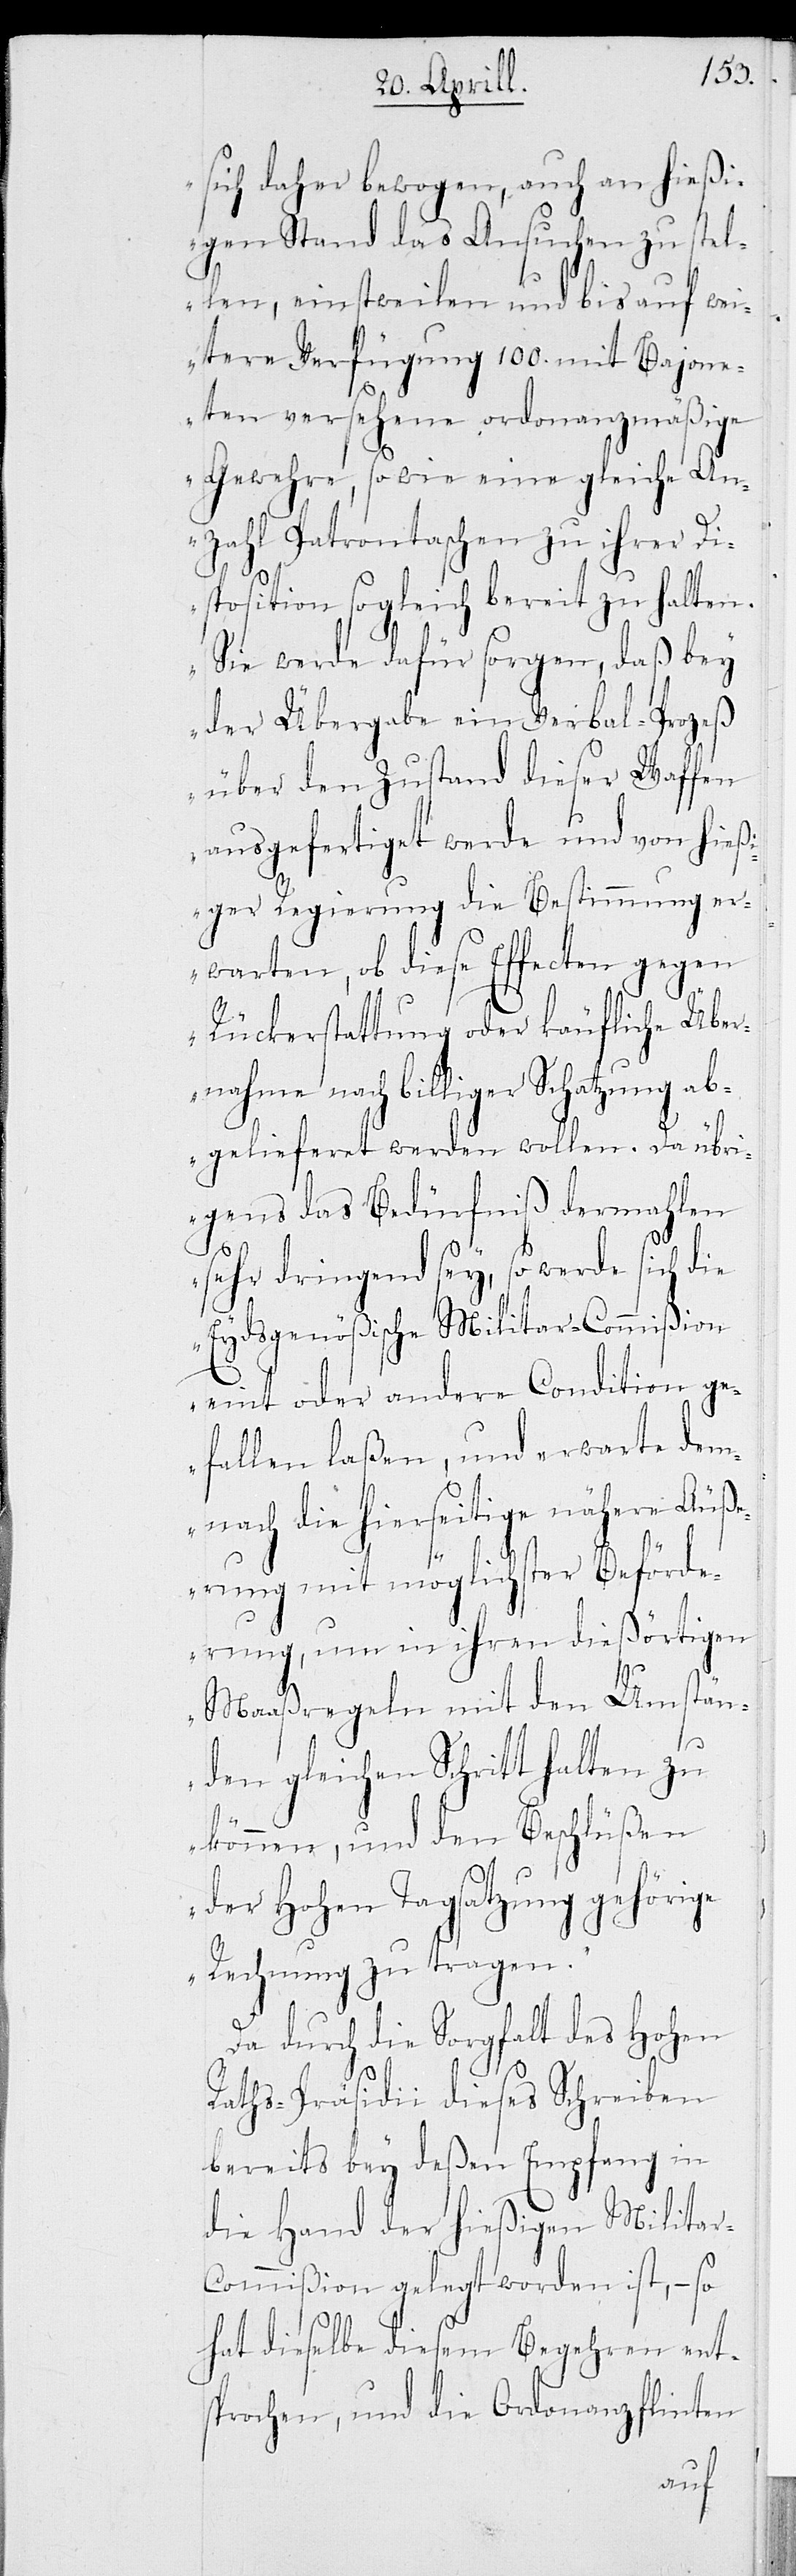
sich daher bewogen, auch an hießi¬
gen Stand das Ansuchen zu stel¬
len, einstweilen und bis auf wei¬
tere Verfügung 100. mit Bajone¬
ten versehene ordonanzmäßige
Gewehre, so wie eine gleiche An¬
zahl Patrontaschen zu ihrer Di¬
sposition sogleich bereit zu halten.
Sie werde dafür sorgen, daß bey
der Übergabe ein Verbal-Prozeß
über den Zustand dieser Waffen
ausgefertiget werde und von hieß¬
iger Regierung die Bestimmung er¬
warten, ob diese Effecten gegen
Rückerstattung oder käufliche Über¬
nahme nach billiger Schatzung ab¬
gelieferet werden wollen. Da übri¬
gens das Bedürfniß dermahlen
sehr dringend sey, so werde sich die
Eydsgenößische Militar-Commißion
eint oder andere Conditionen ge¬
fallen laßen, und erwarte dem¬
nach die hierseitige nähere Äuße¬
rerungen mit möglichster Beförde¬
rung, um in ihren dießörtigen
Maasregeln mit den Umstän¬
den gleichen Schritt halten zu
können, und den Beschlüßen
der Hohen Tagsatzung gehörige
Rechnung zu tragen.“
Da durch die Sorgfalt des Hohen
Raths-Präsidii dieses Schreiben
bereits bey deßen Empfang in
die Hand der hießigen Milita¬
r-Commißion gelegt worden ist, – so
hat dieselbe diesem Begehren ents¬
prochen, und die Ordonanzflinten